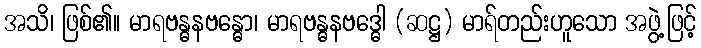
အသိ၊ ဖြစ်၏။ မာရဗန္ဓနဗန္ဓော၊ မာရဗန္ဓနဗဒ္ဓေါ (ဆဋ္ဌ) မာရ်တည်းဟူသော အဖွဲ့ဖြင့်